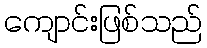
ကျောင်းဖြစ်သည်